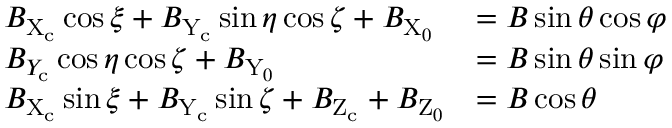
\begin{array} { l l } { B _ { \mathrm { X } _ { \mathrm { c } } } \cos \xi + B _ { \mathrm { Y } _ { \mathrm { c } } } \sin \eta \cos \zeta + B _ { \mathrm { X } _ { 0 } } } & { = B \sin \theta \cos \varphi } \\ { B _ { Y _ { \mathrm { c } } } \cos \eta \cos \zeta + B _ { \mathrm { Y } _ { 0 } } } & { = B \sin \theta \sin \varphi } \\ { B _ { \mathrm { X } _ { \mathrm { c } } } \sin \xi + B _ { \mathrm { Y } _ { \mathrm { c } } } \sin \zeta + B _ { \mathrm { Z } _ { \mathrm { c } } } + B _ { \mathrm { Z } _ { 0 } } } & { = B \cos \theta } \end{array}